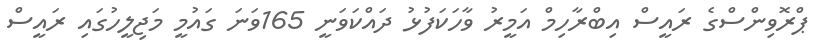
ޕްރޮވިންސްގެ ރައީސް އިބްރާހިމް އަމީރު ވާހަކަފުޅު ދައްކަވަނީ 165ވަނަ ގައުމީ މަޖިލީހުގައި ރައީސް